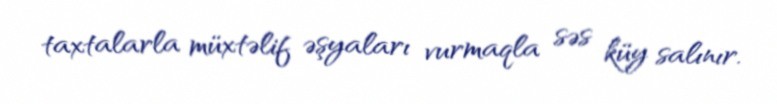
taxtalarla müxtəlif əşyaları vurmaqla səs küy salınır.